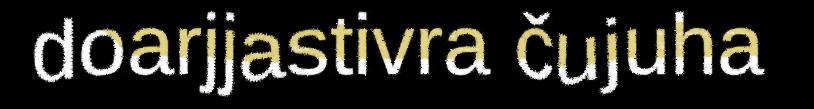
doarjjastivra čujuha